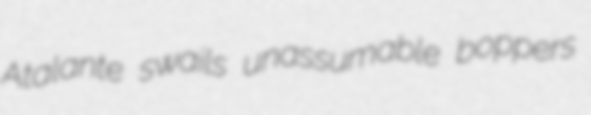
Atalante swails unassumable boppers